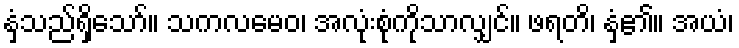
နှံ့သည်ရှိသော်။ သကလမေဝ၊ အလုံးစုံကိုသာလျှင်။ ဖရတိ၊ နှံ့၏။ အယံ၊